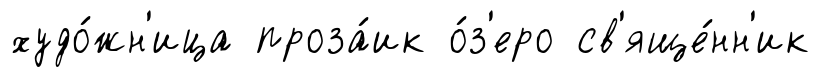
худо́жн'ица проза́ик о́з'еро св'яще́нн'ик